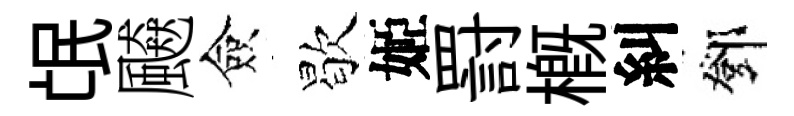
氓飇僉歇姬罸概糾鄧